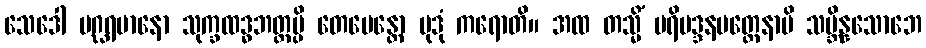
သေဒေါ ပဂ္ဃရမာနော သုက္ခထဒ္ဓဘတ္တမ္ပိ တေမေန္တော မုဒုံ ကရောတိ။ အထ တသ္မိံ ပရိမဒ္ဒနမတ္တေနာပိ သမ္ဘိန္နသောဘေ